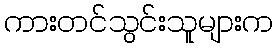
ကားတင်သွင်းသူများက